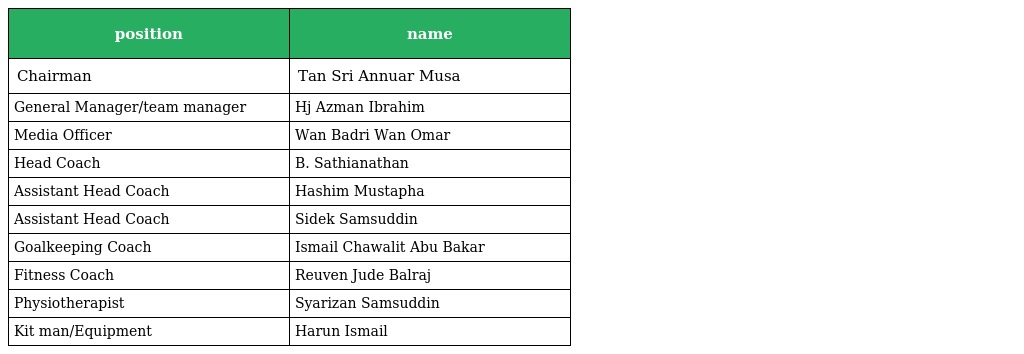
| position | name |
 | --- | --- |
 | Chairman | Tan Sri Annuar Musa |
 | General Manager/team manager | Hj Azman Ibrahim |
 | Media Officer | Wan Badri Wan Omar |
 | Head Coach | B. Sathianathan |
 | Assistant Head Coach | Hashim Mustapha |
 | Assistant Head Coach | Sidek Samsuddin |
 | Goalkeeping Coach | Ismail Chawalit Abu Bakar |
 | Fitness Coach | Reuven Jude Balraj |
 | Physiotherapist | Syarizan Samsuddin |
 | Kit man/Equipment | Harun Ismail |